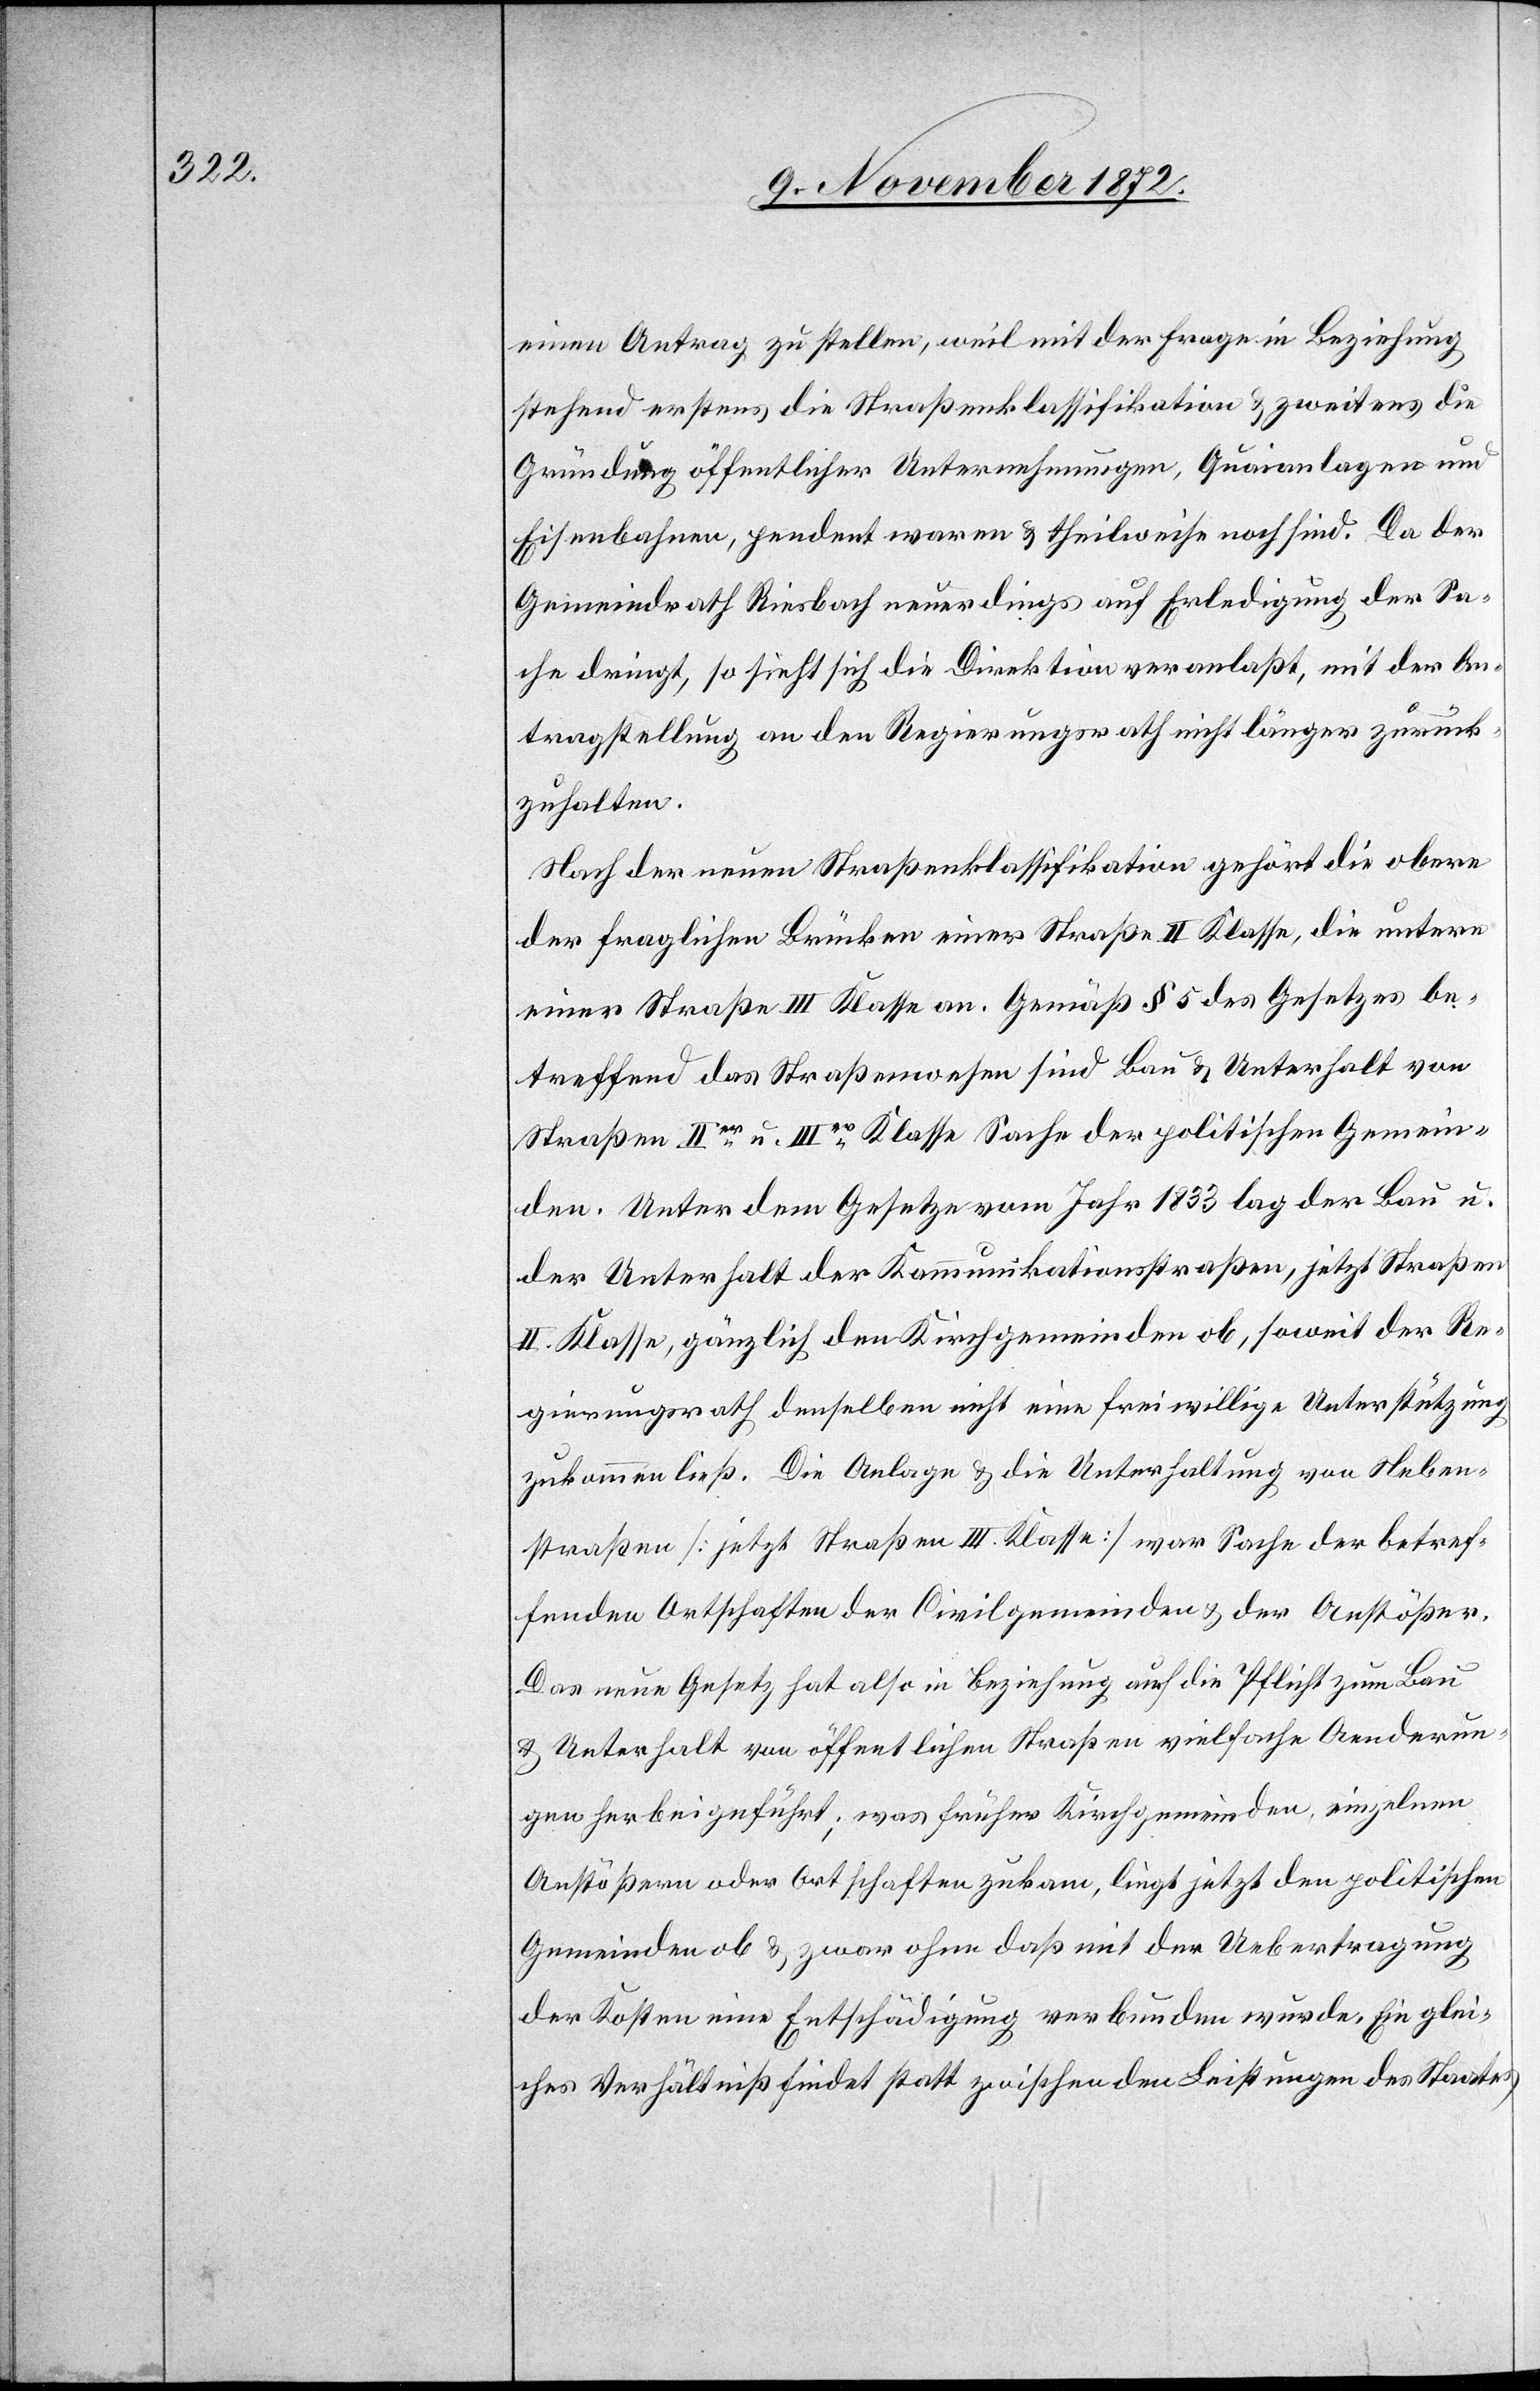
einen Antrag zu stellen, weil mit der Frage in Beziehung
stehend erstens die Straßenklassifikation u. zweitens die
Gründung öffentlicher Unternehmungen, Quaianlagen und
Eisenbahnen, pendent waren u. theilweise noch sind. Da der
Gemeindrath Riesbach neuerdings auf Erledigung der Sa¬
che dringt, so sieht sich die Direktion veranlaßt, mit der An¬
tragstellung an den Regierungsrath nicht länger zurück¬
zuhalten.
Nach der neuen Straßenklassifikation gehört die obere
der fraglichen Brücken einer Straße II Klasse, die untere
einer Straße III Klasse an. Gemäß § 5 des Gesetzes be¬
treffend das Straßenwesen sind Bau u. Unterhalt von
Straßen IIer u. IIIer Klasse Sache der politischen Gemein¬
den. Unter dem Gesetze vom Jahr 1833 lag der Bau u.
der Unterhalt der Kommunikationsstraßen, jetzt Straßen
II. Klasse, gänzlich den Kirchgemeinden ob, soweit der Re¬
gierungsrath denselben nicht eine freiwillige Unterstützung
zukommen ließ. Die Anlage u. die Unterhaltung von Neben¬
straßen [jetzt Straßen III. Klasse] war Sache der betref¬
fenden Ortschaften der Civilgemeinden u. der Anstößer.
Das neue Gesetz hat also in Beziehung auf die Pflicht zum Bau
u. Unterhalt von öffentlichen Straßen vielfache Aenderun¬
gen herbeigeführt; was früher Kirchgemeinden, einzelnen
Anstößern oder Ortschaften zukam, liegt jetzt den politischen
Gemeinden ob u. zwar ohne daß mit der Uebertragung
der Kosten eine Entschädigung verbunden wurde. Ein glei¬
ches Verhältniß findet statt zwischen den Leistungen des Staates